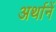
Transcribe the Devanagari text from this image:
अर्थानें